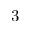
3